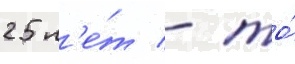
25 л'е́т - то́